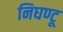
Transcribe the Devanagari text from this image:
निघण्टू